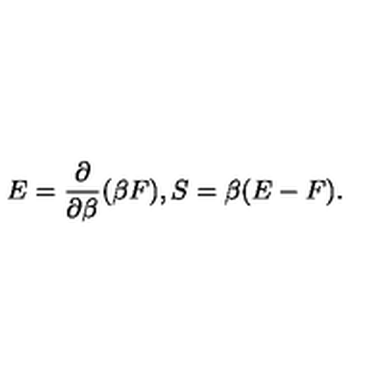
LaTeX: E = { \frac { \partial } { \partial \beta } } ( \beta F ) , S = \beta ( E - F ) .